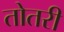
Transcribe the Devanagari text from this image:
तोतरी